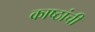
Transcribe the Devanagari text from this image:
काष्ठांची